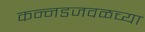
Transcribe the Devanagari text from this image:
कन्नडजवळच्या